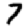
Digit: 7